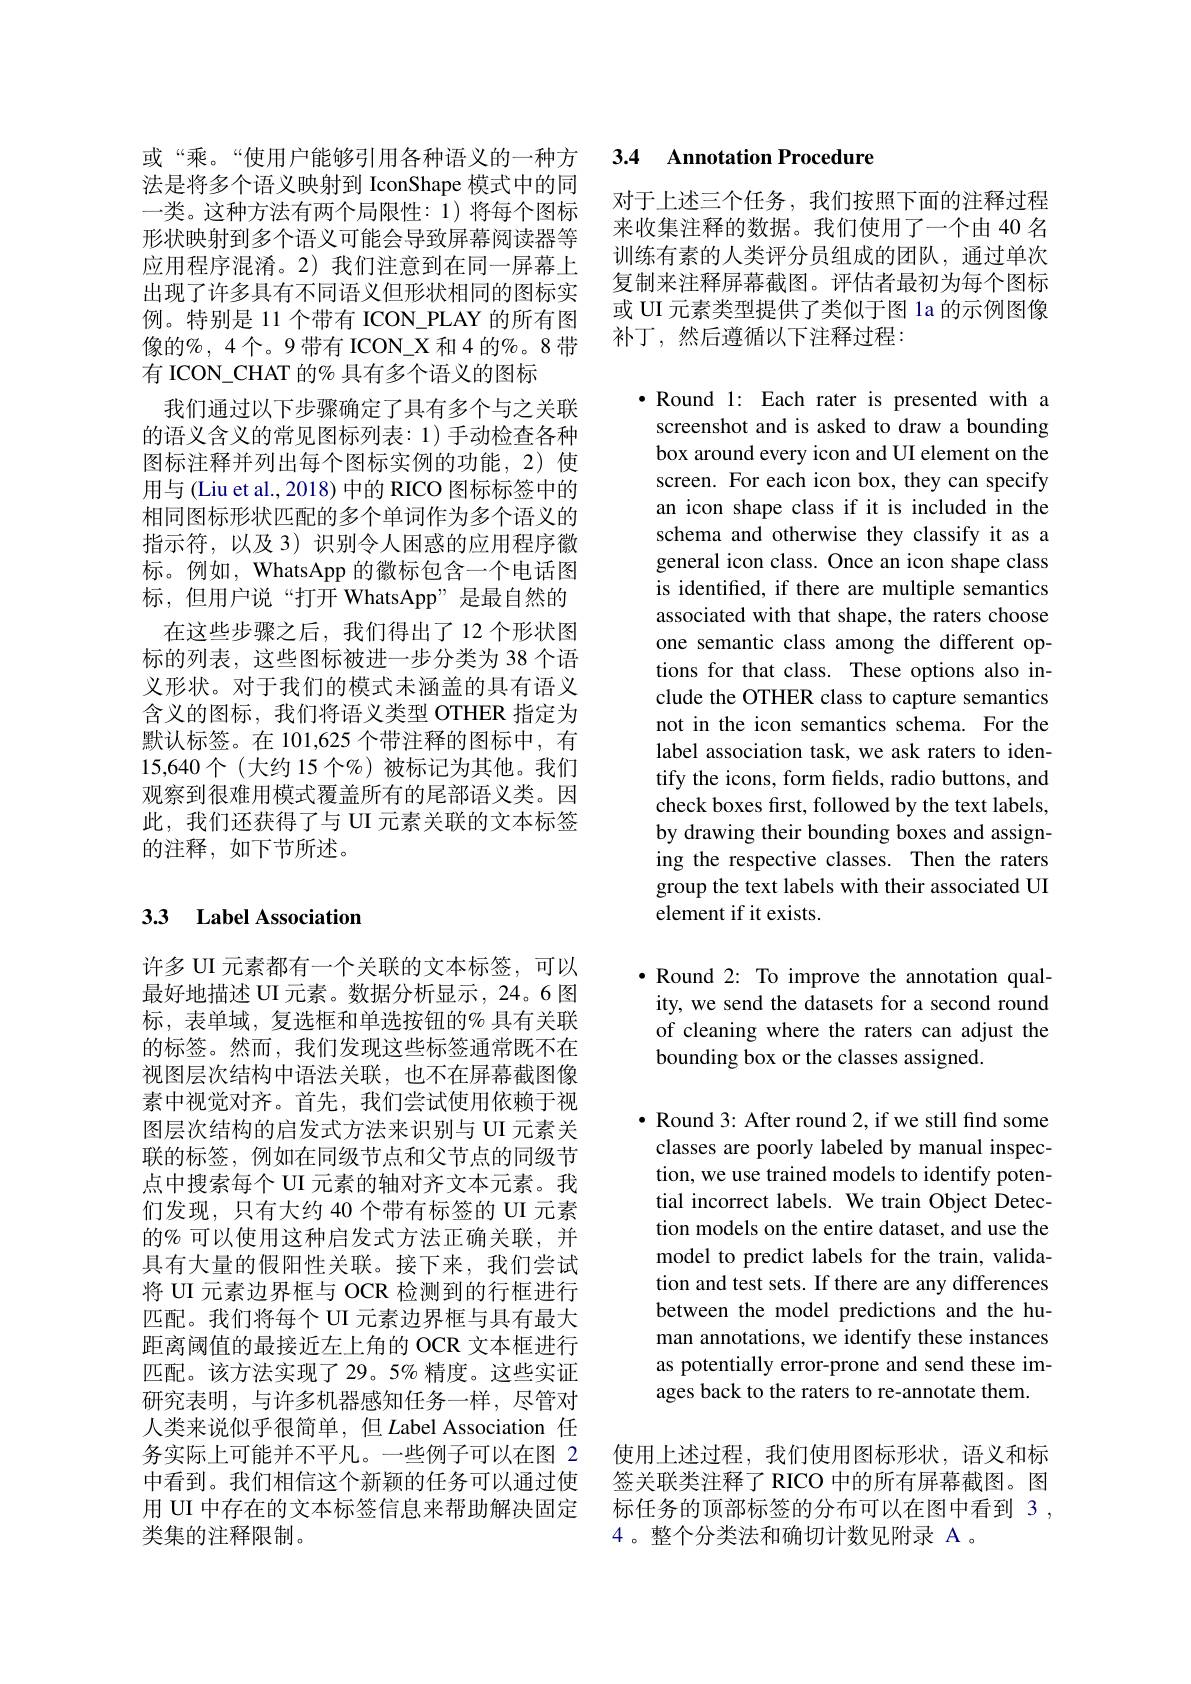
或“乘。“使用户能够引用各种语义的一种方法是将多个语义映射到 IconShape 模式中的同一类。这种方法有两个局限性：1)将每个图标形状映射到多个语义可能会导致屏幕阅读器等应用程序混淆。2)我们注意到在同一屏幕上出现了许多具有不同语义但形状相同的图标实例。特别是 11 个带有 ICON\_PLAY 的所有图像的%,4个。9带有 ICON\_X和4的%。8带有 ICON\_CHAT 的% 具有多个语义的图标
我们通过以下步骤确定了具有多个与之关联的语义含义的常见图标列表：1)手动检查各种图标注释并列出每个图标实例的功能，2)使用与 (Liu et al., 2018) 中的 RICO 图标标签中的相同图标形状匹配的多个单词作为多个语义的指示符，以及 3)识别令人困惑的应用程序徽标。例如，WhatsApp 的徽标包含一个电话图标，但用户说“打开 WhatsApp”是最自然的
在这些步骤之后，我们得出了12个形状图标的列表，这些图标被进一步分类为 38 个语义形状。对于我们的模式未涵盖的具有语义含义的图标，我们将语义类型 OTHER 指定为默认标签。在 101,625 个带注释的图标中，有15,640个(大约 15 个%)被标记为其他。我们观察到很难用模式覆盖所有的尾部语义类。因此，我们还获得了与 UI 元素关联的文本标签的注释，如下节所述。

## 3.3 Label Association

许多 UI 元素都有一个关联的文本标签，可以最好地描述 UI 元素。数据分析显示，24。6 图标，表单域，复选框和单选按钮的% 具有关联的标签。然而，我们发现这些标签通常既不在视图层次结构中语法关联，也不在屏幕截图像素中视觉对齐。首先，我们尝试使用依赖于视图层次结构的启发式方法来识别与 UI 元素关联的标签，例如在同级节点和父节点的同级节点中搜索每个 UI 元素的轴对齐文本元素。我们发现，只有大约 40 个带有标签的 UI 元素的% 可以使用这种启发式方法正确关联，并具有大量的假阳性关联。接下来，我们尝试将 UI 元素边界框与 OCR 检测到的行框进行匹配。我们将每个 UI 元素边界框与具有最大距离阈值的最接近左上角的 OCR 文本框进行匹配。该方法实现了 29。5% 精度。这些实证研究表明，与许多机器感知任务一样，尽管对人类来说似乎很简单，但$L$abel Association 任务实际上可能并不平凡。一些例子可以在图 2中看到。我们相信这个新颖的任务可以通过使用 UI 中存在的文本标签信息来帮助解决固定类集的注释限制。

## 3.4 Annotation Procedure

对于上述三个任务，我们按照下面的注释过程来收集注释的数据。我们使用了一个由 40 名训练有素的人类评分员组成的团队，通过单次复制来注释屏幕截图。评估者最初为每个图标或 UI 元素类型提供了类似于图 la 的示例图像补丁，然后遵循以下注释过程：

$\bullet$ Round 1: Each rater is presented with a screenshot and is asked to draw a bounding box around every icon and UI element on the screen. For each icon box, they can specify an icon shape class if it is included in the schema and otherwise they classify it as a general icon class. Once an icon shape class is identified, if there are multiple semantics associated with that shape, the raters choose one semantic class among the different options for that class. These options also include the OTHER class to capture semantics not in the icon semantics schema. For the label association task, we ask raters to identify the icons, form fields, radio buttons, and check boxes first, followed by the text labels, by drawing their bounding boxes and assigning the respective classes. Then the raters group the text labels with their associated UI element if it exists.

$\bullet$ Round 2: To improve the annotation quality, we send the datasets for a second round of cleaning where the raters can adjust the bounding box or the classes assigned.

$\bullet$ Round 3: After round 2, if we still find some classes are poorly labeled by manual inspection, we use trained models to identify potential incorrect labels. We train Object Detection models on the entire dataset, and use the model to predict labels for the train, validation and test sets. If there are any differences between the model predictions and the human annotations, we identify these instances as potentially error-prone and send these images back to the raters to re-annotate them.

使用上述过程，我们使用图标形状，语义和标签关联类注释了 RICO 中的所有屏幕截图。图标任务的顶部标签的分布可以在图中看到 3 , 4。整个分类法和确切计数见附录 A 。